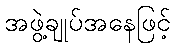
အဖွဲ့ချုပ်အနေဖြင့်